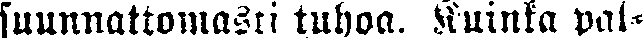
suunnattomasti tuhoa. Kuinka pal-